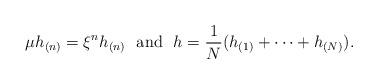
LaTeX: \begin{align*}\mu h_{(n)}=\xi^{n}h_{(n)}\ \mbox{ and }\ h=\frac{1}{N}(h_{(1)}+\cdots +h_{(N)}).\end{align*}